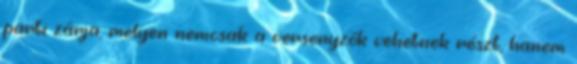
parti zárja, melyen nemcsak a versenyzők vehetnek részt, hanem